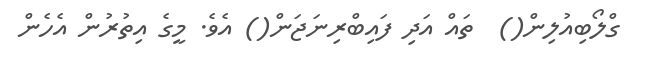
ގްލޯބިއުލިން()  ތައް އަދި ފައިބްރިނަޖަން() އެވެ. މީގެ އިތުރުން އެހެން